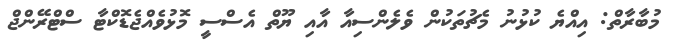
މުބާރާތް: އިއްޔެ ކުޅުނު މެޗުތަކުން ވެލެންސިއާ އާއި ޔޫތް އެސްސީ މޮޅުވެއްޖެޑޮކްޓާ ސްޓްރޭންޖް